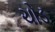
ચોડ